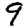
Digit: 9